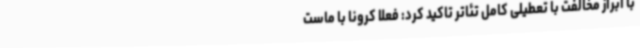
با ابراز مخالفت با تعطیلی کامل تئاتر تاکید کرد: فعلا کرونا با ماست